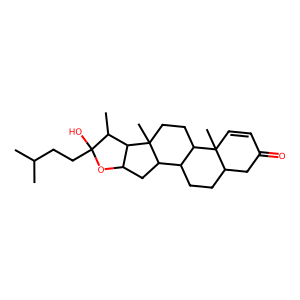
SMILES: CC(C)CCC1(O)OC2CC3C4CCC5CC(=O)C=CC5(C)C4CCC3(C)C2C1C
Inhibits HIV replication: No